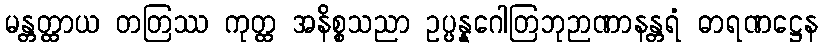
မန္တတ္ထာယ တတြဿ ကုတ္ထ အနိစ္စသညာ ဥပ္ပန္နဂေါတြဘုဉာဏာနန္တရံ ဓာရဏဋ္ဌေန